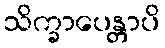
သိက္ခာပေန္တာပိ